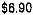
$6.90